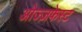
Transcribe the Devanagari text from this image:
ओज्ज़फेस्ट